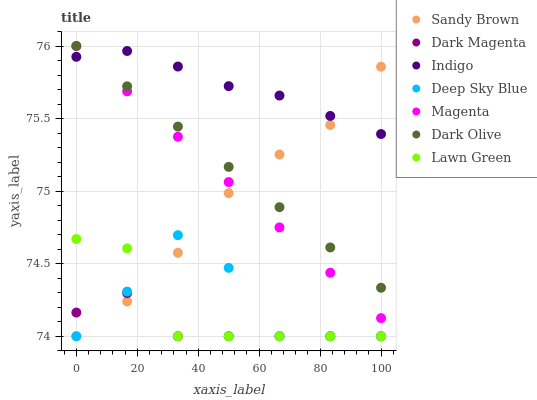
| xaxis_label | Sandy Brown | Dark Magenta | Indigo | Deep Sky Blue | Magenta | Dark Olive | Lawn Green |
 | --- | --- | --- | --- | --- | --- | --- | --- |
 | 0 | 74 | 74.2 | 75.9 | 74 | 76 | 76 | 74.7 |
 | 16.7 | 74.2 | 74.3 | 76 | 74.3 | 75.7 | 75.7 | 74.6 |
 | 33.3 | 74.6 | 74 | 75.9 | 74.7 | 75.4 | 75.4 | 74 |
 | 50 | 75 | 74 | 75.7 | 74.5 | 75.1 | 75.2 | 74 |
 | 66.7 | 75.3 | 74 | 75.7 | 74 | 74.8 | 74.9 | 74 |
 | 83.3 | 75.5 | 74 | 75.5 | 74 | 74.4 | 74.6 | 74 |
 | 100 | 75.9 | 74 | 75.4 | 74 | 74.1 | 74.3 | 74 |